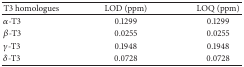
<table><thead><tr><td><b>T3 homologues</b></td><td><b>LOD (ppm)</b></td><td><b>LOQ (ppm)</b></td></tr></thead><tbody><tr><td><i>α</i>-T3</td><td>0.1299</td><td>0.1299</td></tr><tr><td><i>β</i>-T3</td><td>0.0255</td><td>0.0255</td></tr><tr><td><i>γ</i>-T3</td><td>0.1948</td><td>0.1948</td></tr><tr><td><i>δ</i>-T3</td><td>0.0728</td><td>0.0728</td></tr></tbody></table>